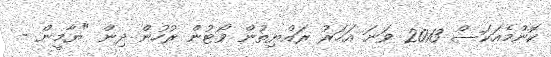
ކޮންމެއަކަސް 2013 ވަނަ އަހަރު ރައްޔިތުން ވޯޓުން ރުހުން ދިން "ޔާމީން -